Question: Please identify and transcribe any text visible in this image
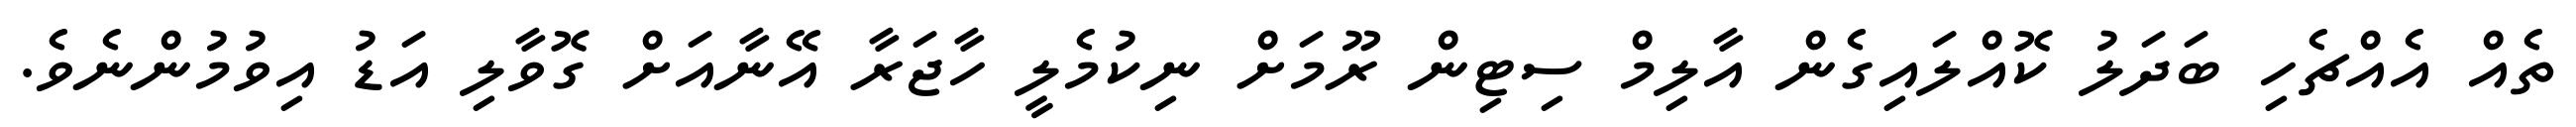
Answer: ތެއް އެއްޗެހި ބަދަލު ކޮއްލައިގެން އާލިމް ސިޓިން ރޫމަށް ނިކުމެލީ ހާޖަރާ އޭނާއަށް ގޮވާލި އަޑު އިވުމުންނެވެ.